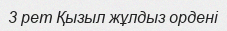
3 рет Қызыл жұлдыз ордені